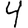
Digit: 4